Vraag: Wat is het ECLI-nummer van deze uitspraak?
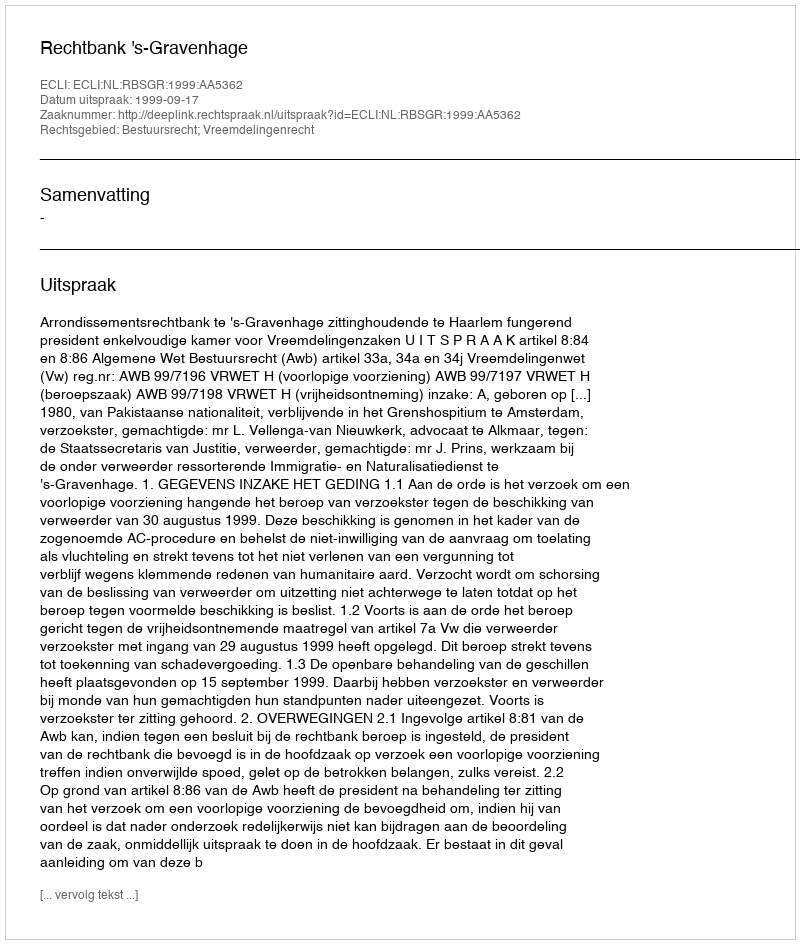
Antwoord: ECLI:NL:RBSGR:1999:AA5362